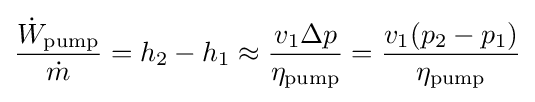
{\frac {{\dot {W}}_{\text{pump}}}{\dot {m}}}=h_{2}-h_{1}\approx {\frac {v_{1}\Delta p}{\eta _{\text{pump}}}}={\frac {v_{1}(p_{2}-p_{1})}{\eta _{\text{pump}}}}